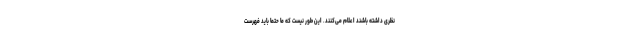
نظری داشته باشند اعلام می‌کنند. این طور نیست که ما حتما باید فهرست